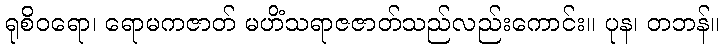
ရုစိဝရော၊ ရောမကဇာတ် မဟိံသရာဇဇာတ်သည်လည်းကောင်း။ ပုန၊ တဘန်။